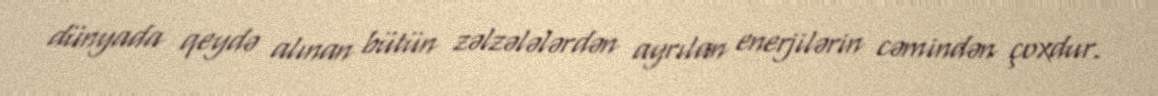
dünyada qeydə alınan bütün zəlzələlərdən ayrılan enerjilərin cəmindən çoxdur.